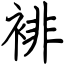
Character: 裶